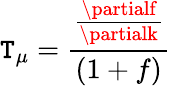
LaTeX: \mathtt{T}_{\mu}=\frac{{\frac{{\partialf}}{{\partialk}}}}{{(1+f)}}